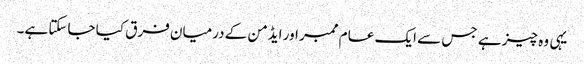
یہی وہ چیز ہے جس سے ایک عام ممبر اور ایڈمن کے درمیان فرق کیا جاسکتا ہے۔